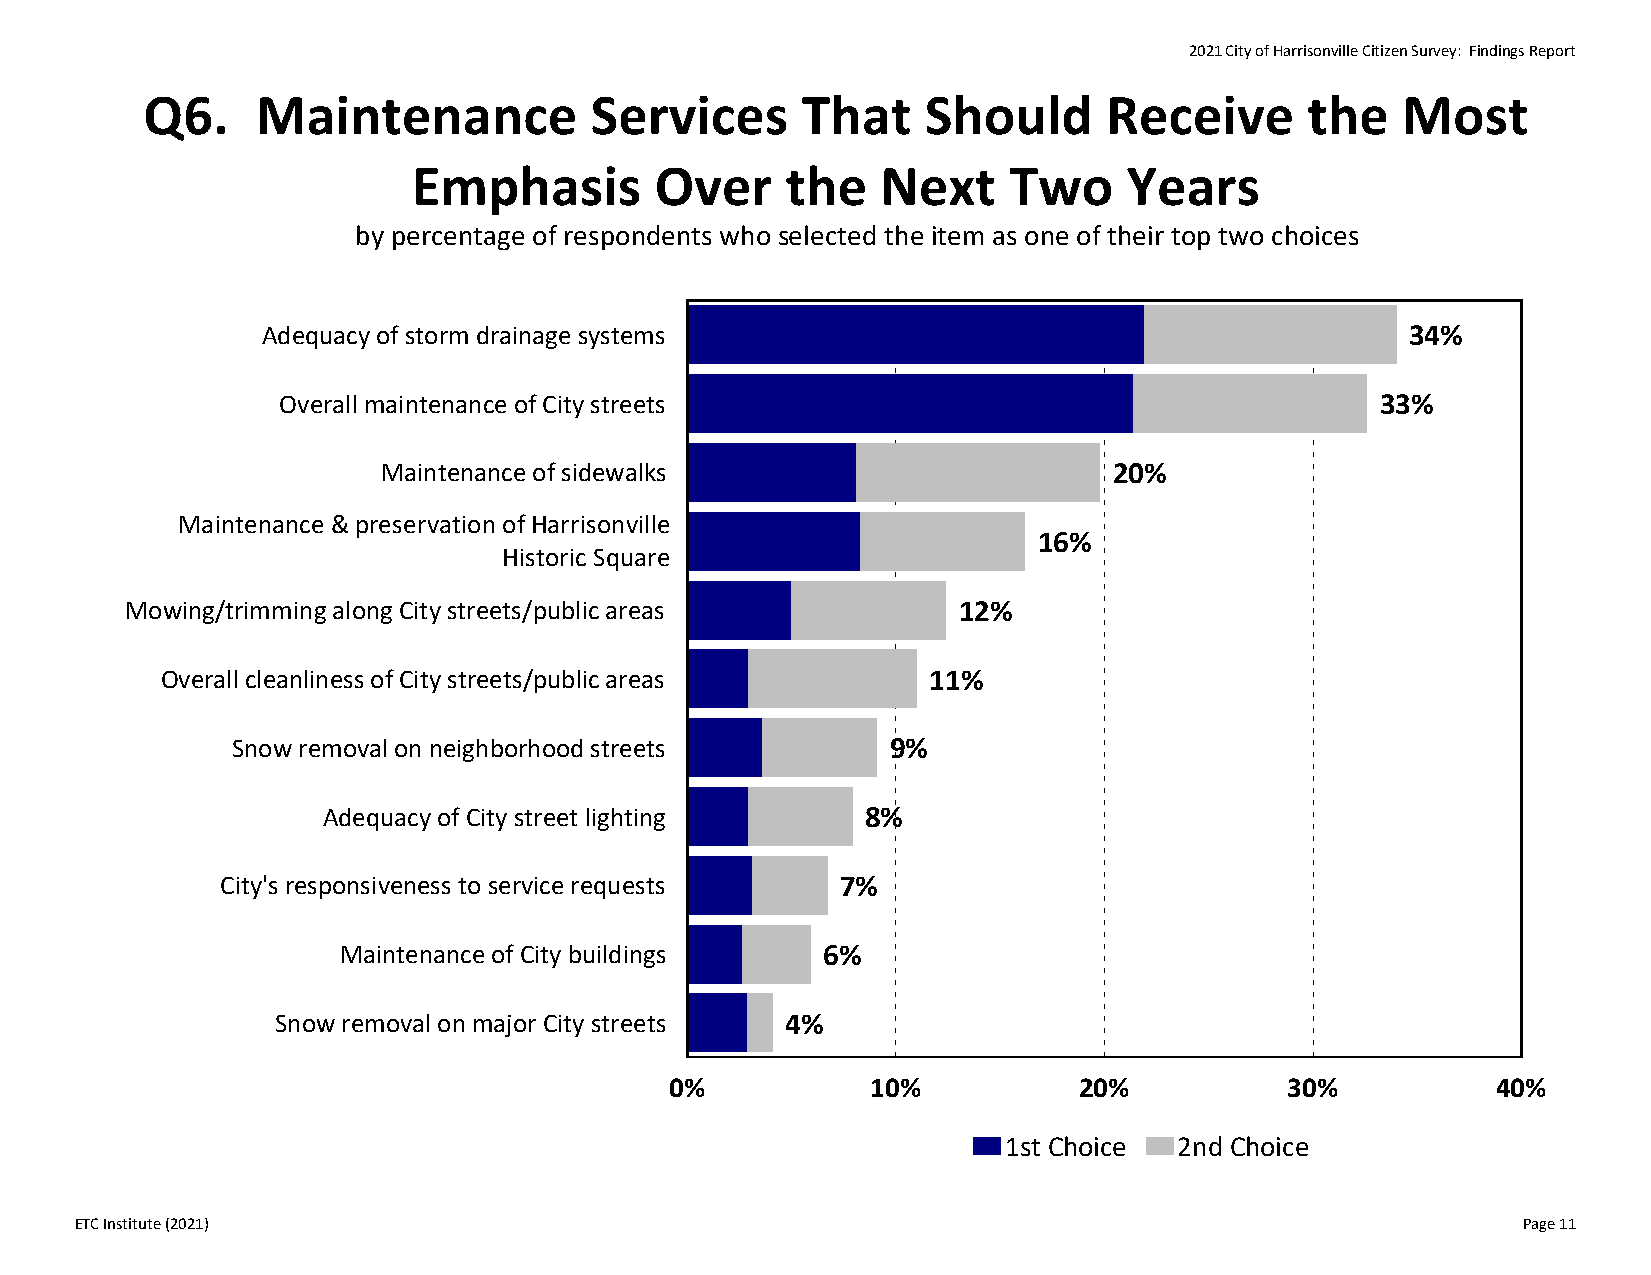
2021 City of Harrisonville Citizen Survey: Findings Report
 Q6.     Maintenance           Services      That    Should      Receive       the   Most
 Emphasis        Over     the   Next     Two     Years
 by percentage of respondents who selected the item as one of their top two choices
 Adequacy of storm drainage systems                                          34%
 Overall maintenance of City streets                                      33%
 Maintenance of sidewalks                         20%
 Maintenance & preservation of Harrisonville
 16%
 Historic Square
 Mowing/trimming along City streets/public areas        12%
 Overall cleanliness of City streets/public areas  11%
 Snow removal on neighborhood streets        9%
 Adequacy of City street lighting    8%
 City's responsiveness to service requests 7%
 Maintenance of City buildings   6%
 Snow removal on major City streets 4%
 0%            10%          20%           30%           40%
 1st Choice  2nd Choice
 ETC Institute (2021)                                                                            Page 11